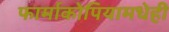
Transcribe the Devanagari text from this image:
फार्माकोपियामधेही